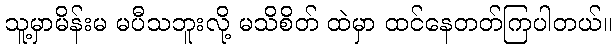
သူ့မှာမိန်းမ မပီသဘူးလို့ မသိစိတ် ထဲမှာ ထင်နေတတ်ကြပါတယ်။